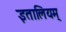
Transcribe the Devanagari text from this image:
इतालियम्